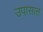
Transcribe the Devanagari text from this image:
उपासात